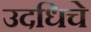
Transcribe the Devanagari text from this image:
उदधिचे